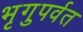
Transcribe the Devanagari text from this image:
भृगुपर्वत